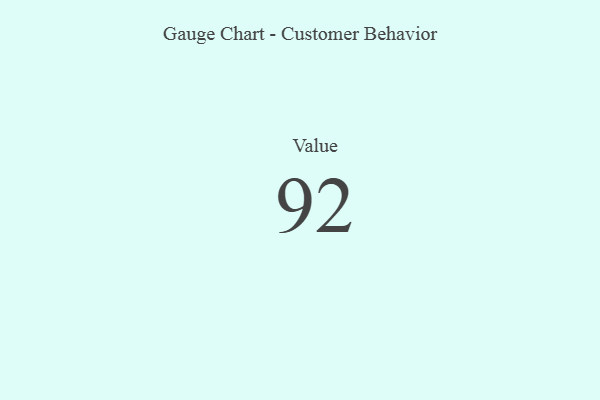
{"axis": {"x": "Metric", "y": "Value"}, "legend": [""], "data": [{"x": "Value", "y": 92, "type": ""}]}